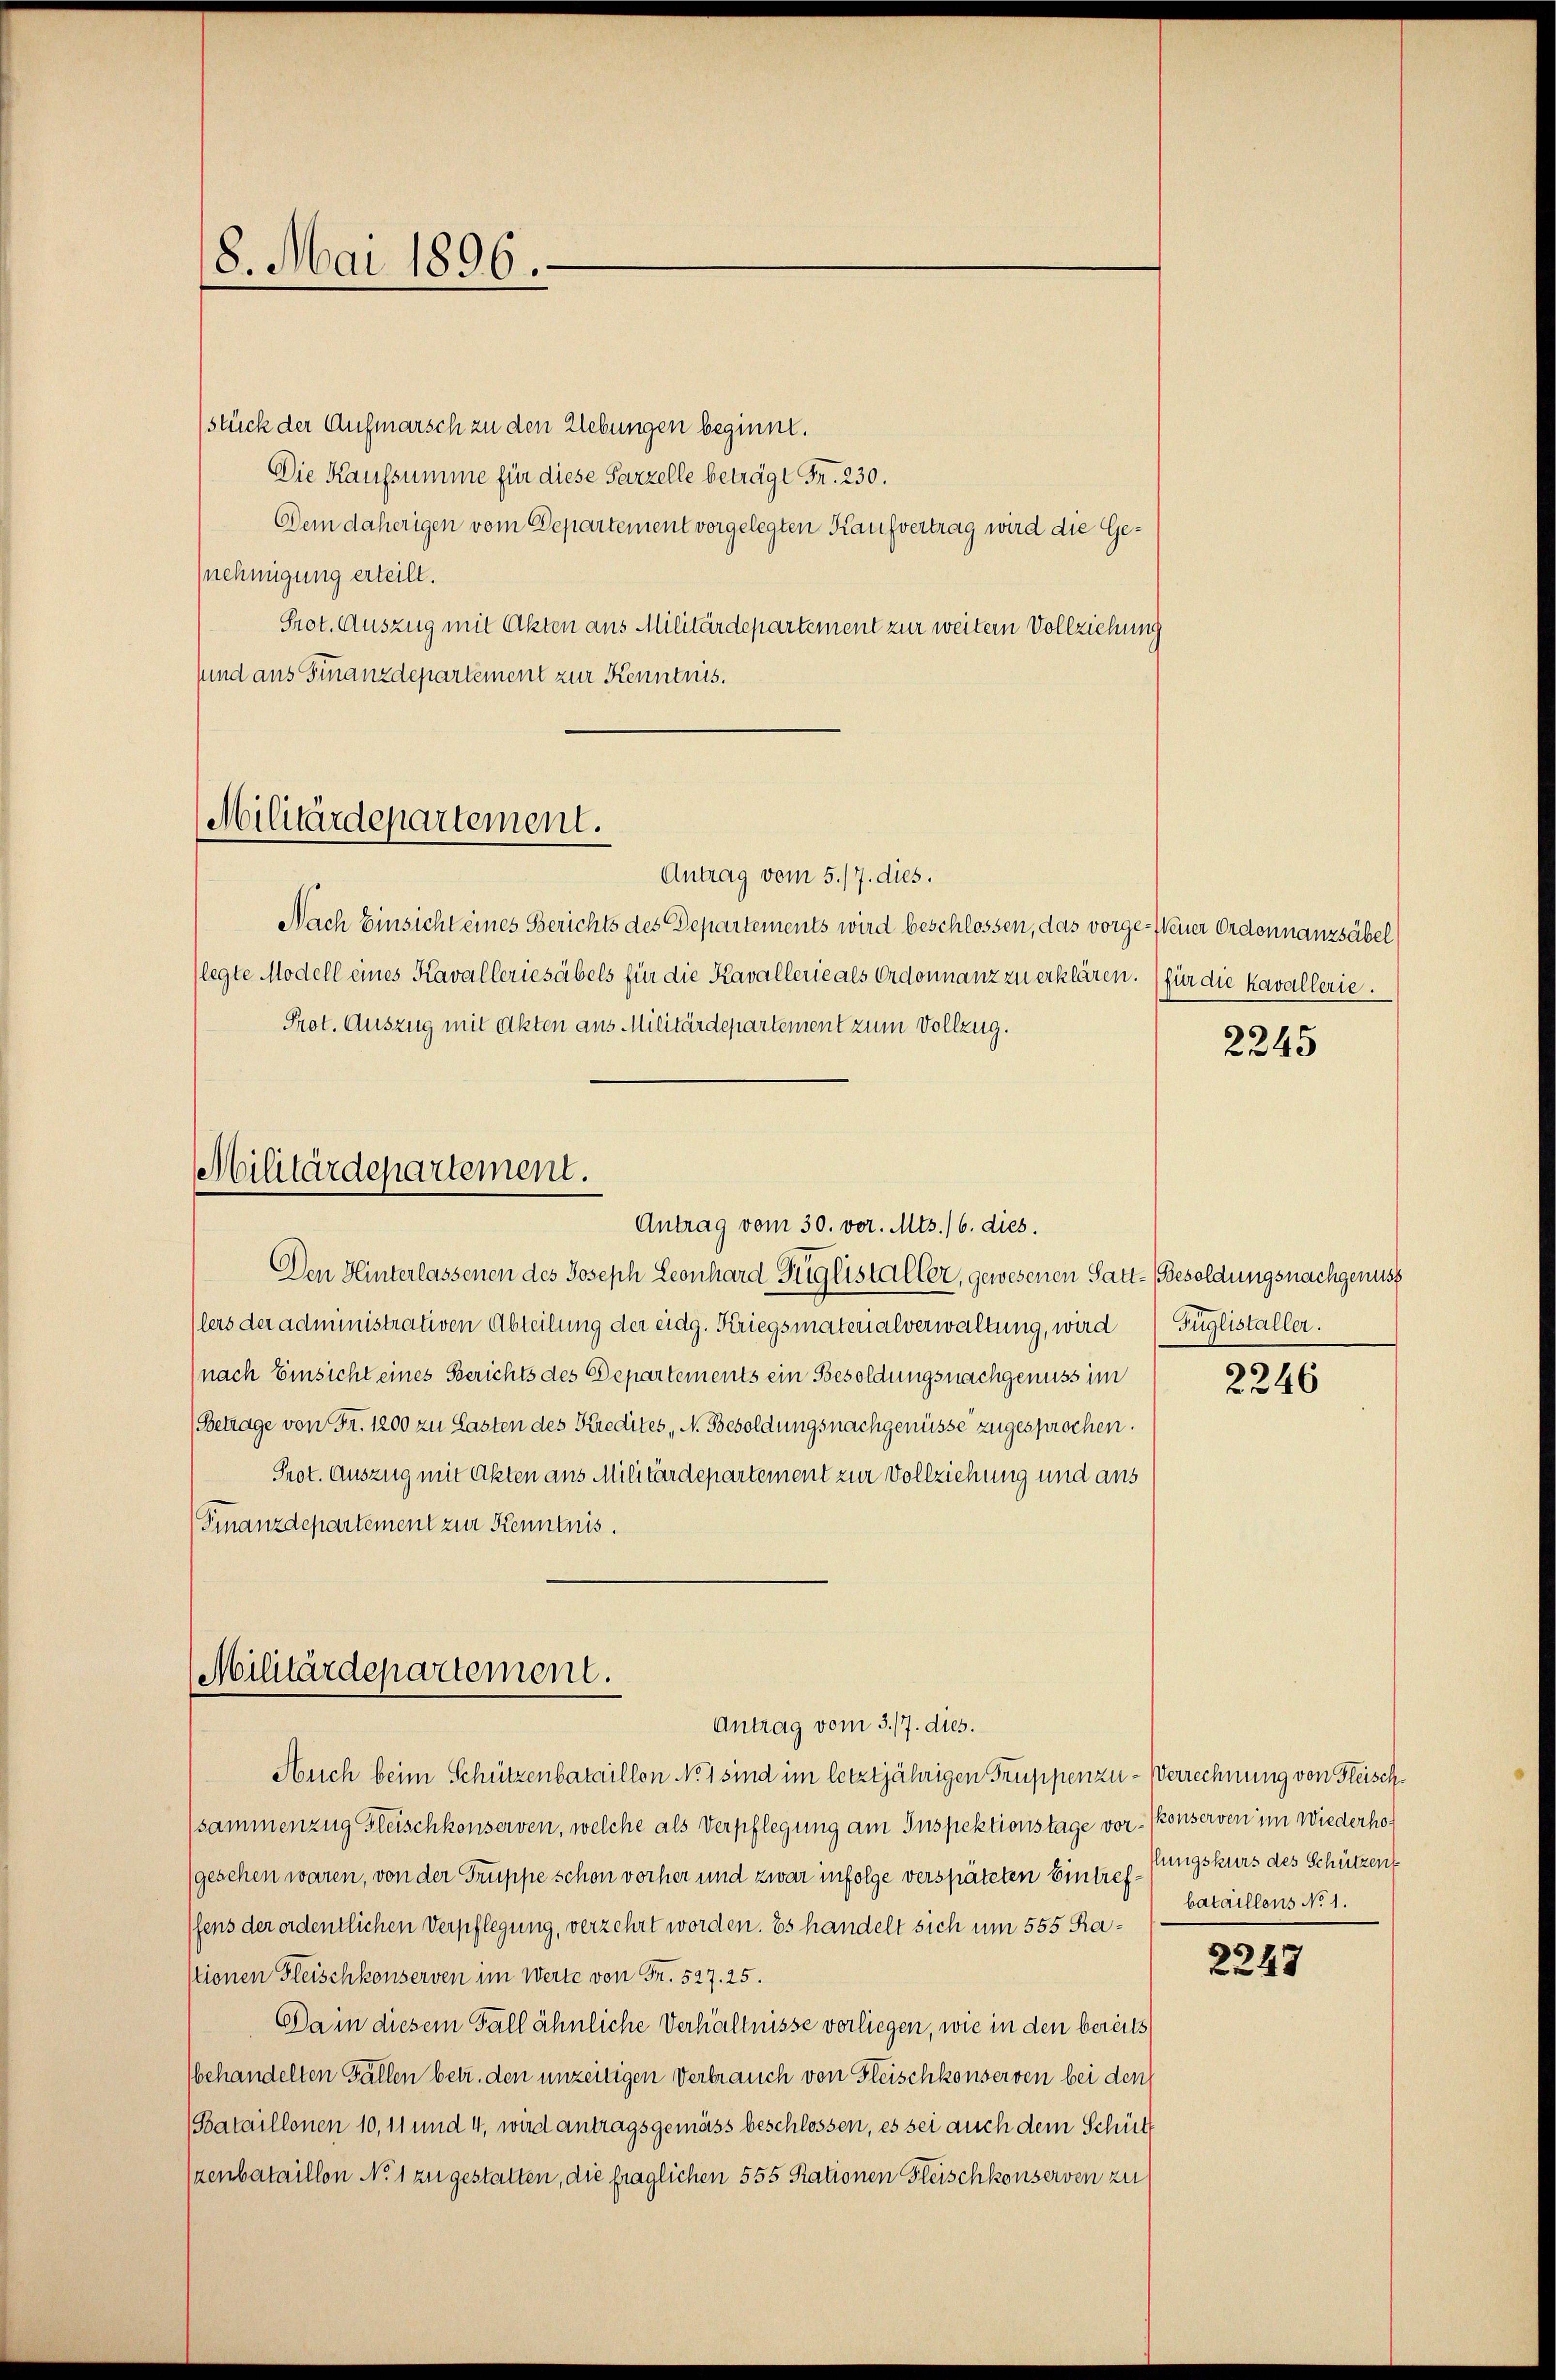
8. Mai 1896.

stück der Aufmarsch zu den Liebungen beginnt.
Die Kaufsumme für diese Parzelle beträgt Fr. 230.
Dem daherigen vom Departement vorgelegten Kaufvertrag wird die Genehmigung erteilt.
Prot. Auszug mit Akten aus Militärdepartement zur weitern Vollziehung
sund aus Finanzdepartement zur Kenntnis.
Antrag vom 5./7. dies.
Nach Einsicht eines Berichts des Departements wird beschlossen, das vorge-Weiner Ordonnanzsäbel
(legte Modell eines Kavalleriesäbels für die Kavallerie als Ordonnanz zu erklären. (für die kavallerie.
Prot. Auszug mit Akten aus Militärdepartement zum Vollzug.
Militärdepartement.
Antrag vom 30. vor. Mts./6. dies.
Den Hinterlassenen des Joseph Leonhard Zeiglistaller, gewesenen Satt-Besoldungsnachgenuss
(lers der administrativen Abteilung der eidg. Kriegsmaterialverwaltung, wird (Füglistaller.
(nach Einsicht eines Berichts des Departements ein Besoldungsnachgenuss im
(Betrage von Fr. 1200 zu Lasten des Kredites, N. Besoldungsnachgenüsse zugesprochen.
Prot. Auszug mit Akten aus Militärdepartement zur Vollziehung und aus
Finanzdepartement zur Kenntnis.

Militärdepartement.

(Militärdepartement.
Antrag vom 3./7. dies.

Auch beim Schützenbataillon No 1 sind im letztjährigen Truppenzu- Verrechnung von Fleischsammenzug Gleischkonserven, welche als Verpflegung am Inspektionstage vor- Konserven im Wiederhof
(gesehen waren, von der Truppe schon vorher und zwar infolge verspäteten Eintreffens der ordentlichen Verpflegung, verzehrt worden. Es handelt sich um 555 Rastionen Fleischkonserven im Werte von Fr. 527. 25.
Da in diesem Fall ähnliche Verhältnisse vorliegen, wie in den bereits
behandelten Fällen betr. den unzeitigen Verbrauch von Fleischkonserven bei den
Bataillonen 10,11 und 4, wird antragsgemäss beschlossen, es sei auch dem Schüt
(zenbataillon No 1 zu gestatten, die fraglichen 555 Rationen Fleischkonserven zu

2245

2246

lungskurs des Schützen
bataillons No 1.

2247